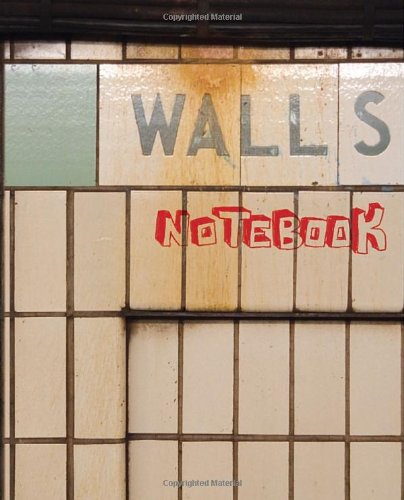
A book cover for Walls Notebook; Sherwood Forlee; Arts & Photography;